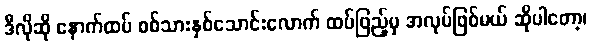
ဒီလိုဆို နောက်ထပ် စစ်သားနှစ်သောင်းလောက် ထပ်ဖြည့်မှ အလုပ်ဖြစ်မယ် ဆိုပါတော့၊